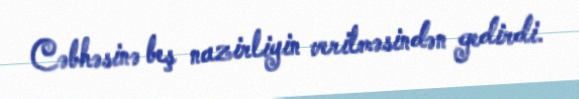
Cəbhəsinə beş nazirliyin verilməsindən gedirdi.